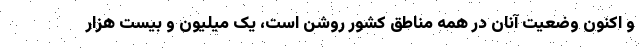
و اکنون وضعیت آنان در همه مناطق کشور روشن است، یک میلیون و بیست هزار